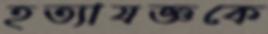
হত্যাযজ্ঞকে